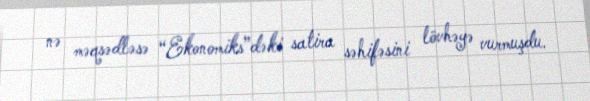
nə məqsədləsə “Ekonomiks”dəki satira səhifəsini lövhəyə vurmuşdu.